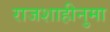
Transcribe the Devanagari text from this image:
राजशाहीनुमा